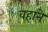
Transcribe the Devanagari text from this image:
वहाने